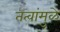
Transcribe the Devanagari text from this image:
तत्वांमुळे